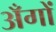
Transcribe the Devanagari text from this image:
अँगों